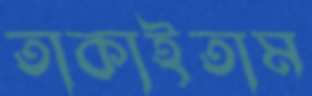
তাকাইতাম